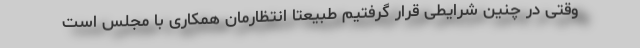
وقتی در چنین شرایطی قرار گرفتیم طبیعتا انتظارمان همکاری با مجلس است